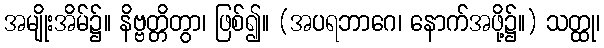
အမျိုးအိမ်၌။ နိဗ္ဗတ္တိတွာ၊ ဖြစ်၍။ (အပရဘာဂေ၊ နောက်အဖို့၌။) သတ္ထု၊